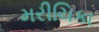
મરીચિકા